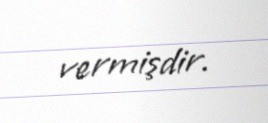
vermişdir.